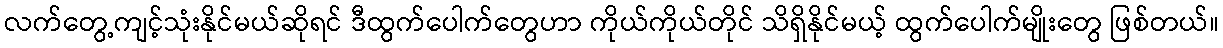
လက်တွေ့ကျင့်သုံးနိုင်မယ်ဆိုရင် ဒီထွက်ပေါက်တွေဟာ ကိုယ်ကိုယ်တိုင် သိရှိနိုင်မယ့် ထွက်ပေါက်မျိုးတွေ ဖြစ်တယ်။